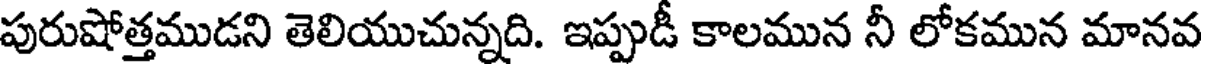
పురుషోత్తముడని తెలియుచున్నది. ఇప్పుడీ కాలమున నీ లోకమున మానవ